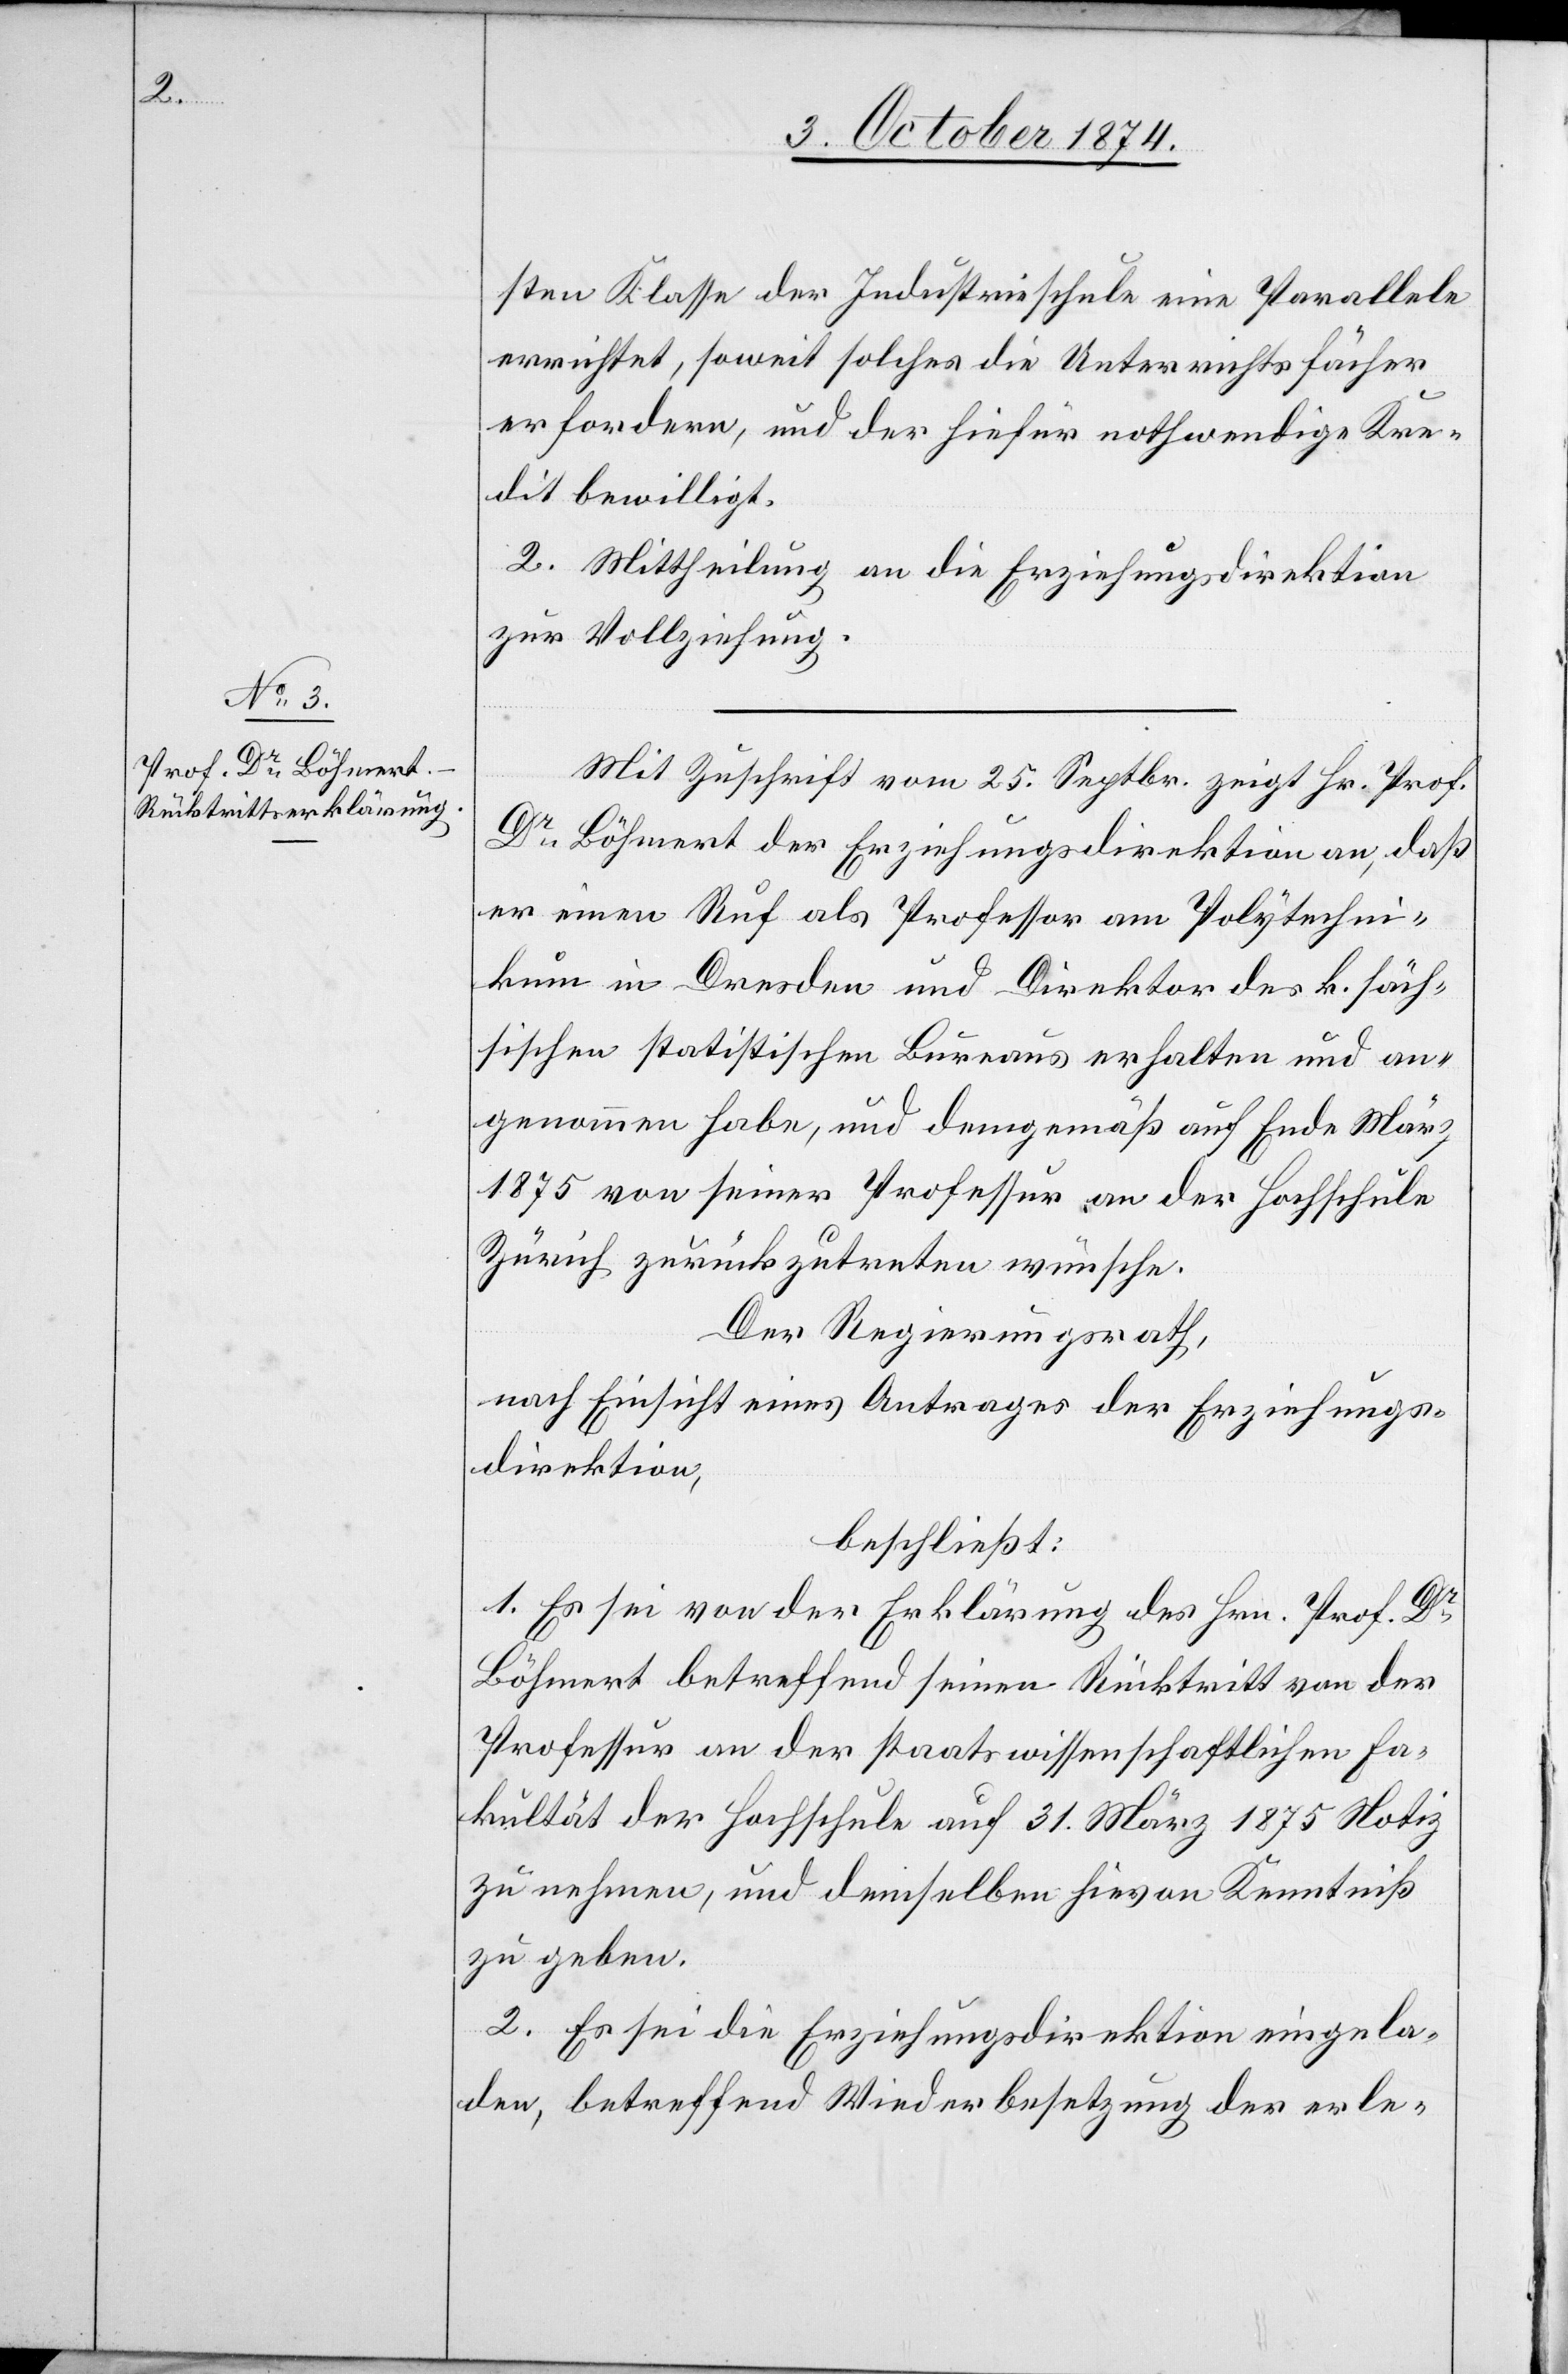
sten Klasse der Industrieschule eine Parallele
errichtet, soweit solches die Unterrichtsfächer
erfordern, und der hiefür nothwendige Kre¬
dit bewilligt.
2. Mittheilung an die Erziehungsdirektion
zu Vollziehung.
Mit Zuschrift vom 25. Septbr. zeigt Hr. Prof.
Dr Böhmert der Erziehungsdirektion an, daß
er einen Ruf als Professor am Polytechni¬
kum in Dresden und Direktor des k. säch¬
sischen statistischen Bureaus erhalten und an¬
genommen habe, und demgemäß auf Ende März
1875 von seiner Professur an der Hochschule
Zürich zurückzutreten wünsche.
Der Regierungsrath,
nach Einsicht eines Antrages der Erziehungs¬
direktion,
beschließt:
1. Es sei die Erziehungsdirektion eingela¬
den, betreffend Wiederbesetzung der erle-